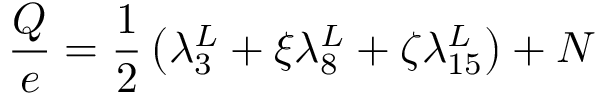
\frac { Q } { e } = \frac { 1 } { 2 } \left( \lambda _ { 3 } ^ { L } + \xi \lambda _ { 8 } ^ { L } + \zeta \lambda _ { 1 5 } ^ { L } \right) + N